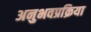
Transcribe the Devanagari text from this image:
अनुभवप्रक्रिया